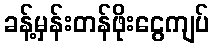
ခန့်မှန်းတန်ဖိုးငွေကျပ်